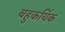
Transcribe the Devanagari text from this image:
बहुकर्यिक